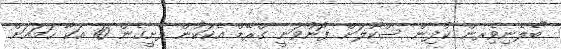
"ބެލެނިވެިރން ކުދިން ސްކޫލަށް ފޮނުވަނީ ގްރޭޑް އެކަކުން ފެށީގެން 10 އަކާ ހަމައަށް